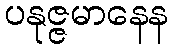
ပနုဇ္ဇမာနေန